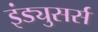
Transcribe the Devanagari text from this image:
इंड्युसर्स